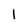
Character: I